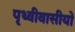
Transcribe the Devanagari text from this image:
पृथ्वीवासीयो